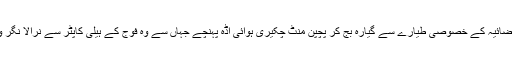
قبل ازیں نریندر مودی ہندوستانی فضائیہ کے خصوصی طیارے سے گیارہ بج کر پچپن منٹ چکیری ہوائی اڈہ پہنچے جہاں سے وہ فوج کے ہیلی کاپٹر سے نرالا نگر واقع جلسہ گا، ریلوے میدان پہنچے۔